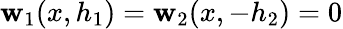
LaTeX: \mathbf{w}_{1}(x,h_{1})=\mathbf{w}_{2}(x,-h_{2})=0